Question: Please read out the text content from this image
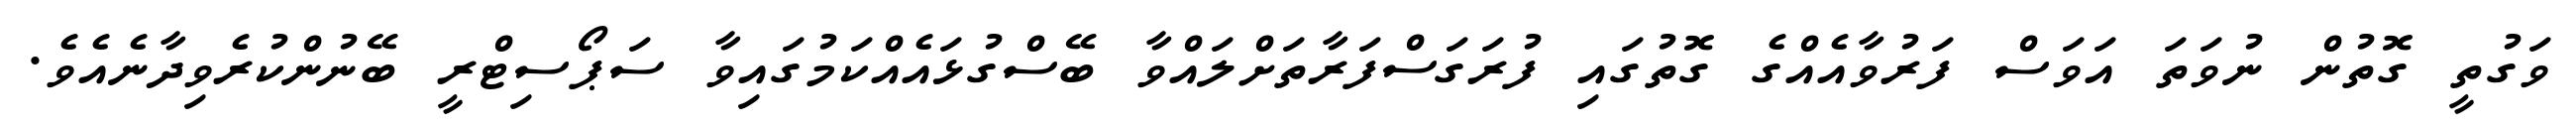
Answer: ވަގުތީ ގޮތުން ނުވަތަ އަވަސް ފަރުވާއެއްގެ ގޮތުގައި ފުރަގަސްފަރާތަށްލައްވާ ބޭސްގުޅައެއްކަމުގައިވާ ސަޕޯސިޓްރީ ބޭނުންކުރެވިދާނެއެވެ.